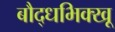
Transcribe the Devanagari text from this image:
बौद्धभिक्खू